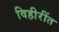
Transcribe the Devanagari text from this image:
विहीरींत